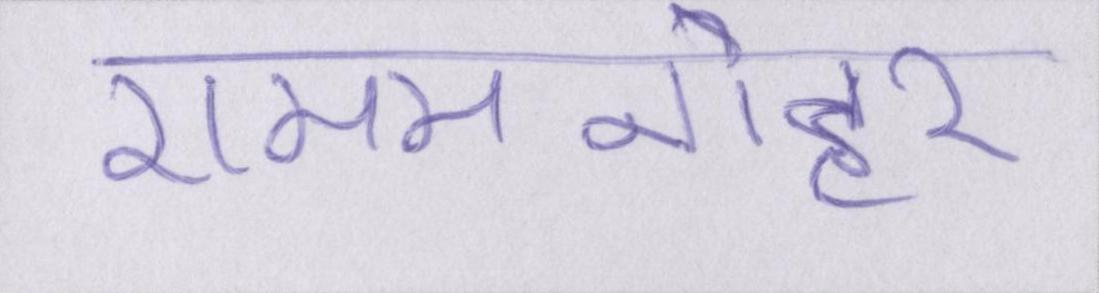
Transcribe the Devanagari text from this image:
राममनोहर